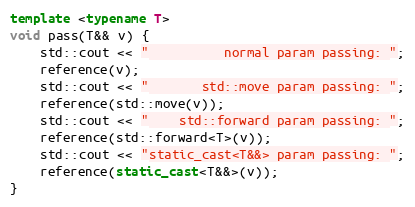
Language: C++
template <typename T>
void pass(T&& v) {
    std::cout << "          normal param passing: ";
    reference(v);
    std::cout << "       std::move param passing: ";
    reference(std::move(v));
    std::cout << "    std::forward param passing: ";
    reference(std::forward<T>(v));
    std::cout << "static_cast<T&&> param passing: ";
    reference(static_cast<T&&>(v));
}